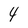
Character: 4